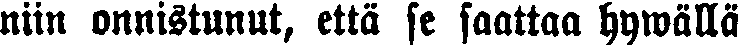
niin onnistunut, että se saattaa hywällä